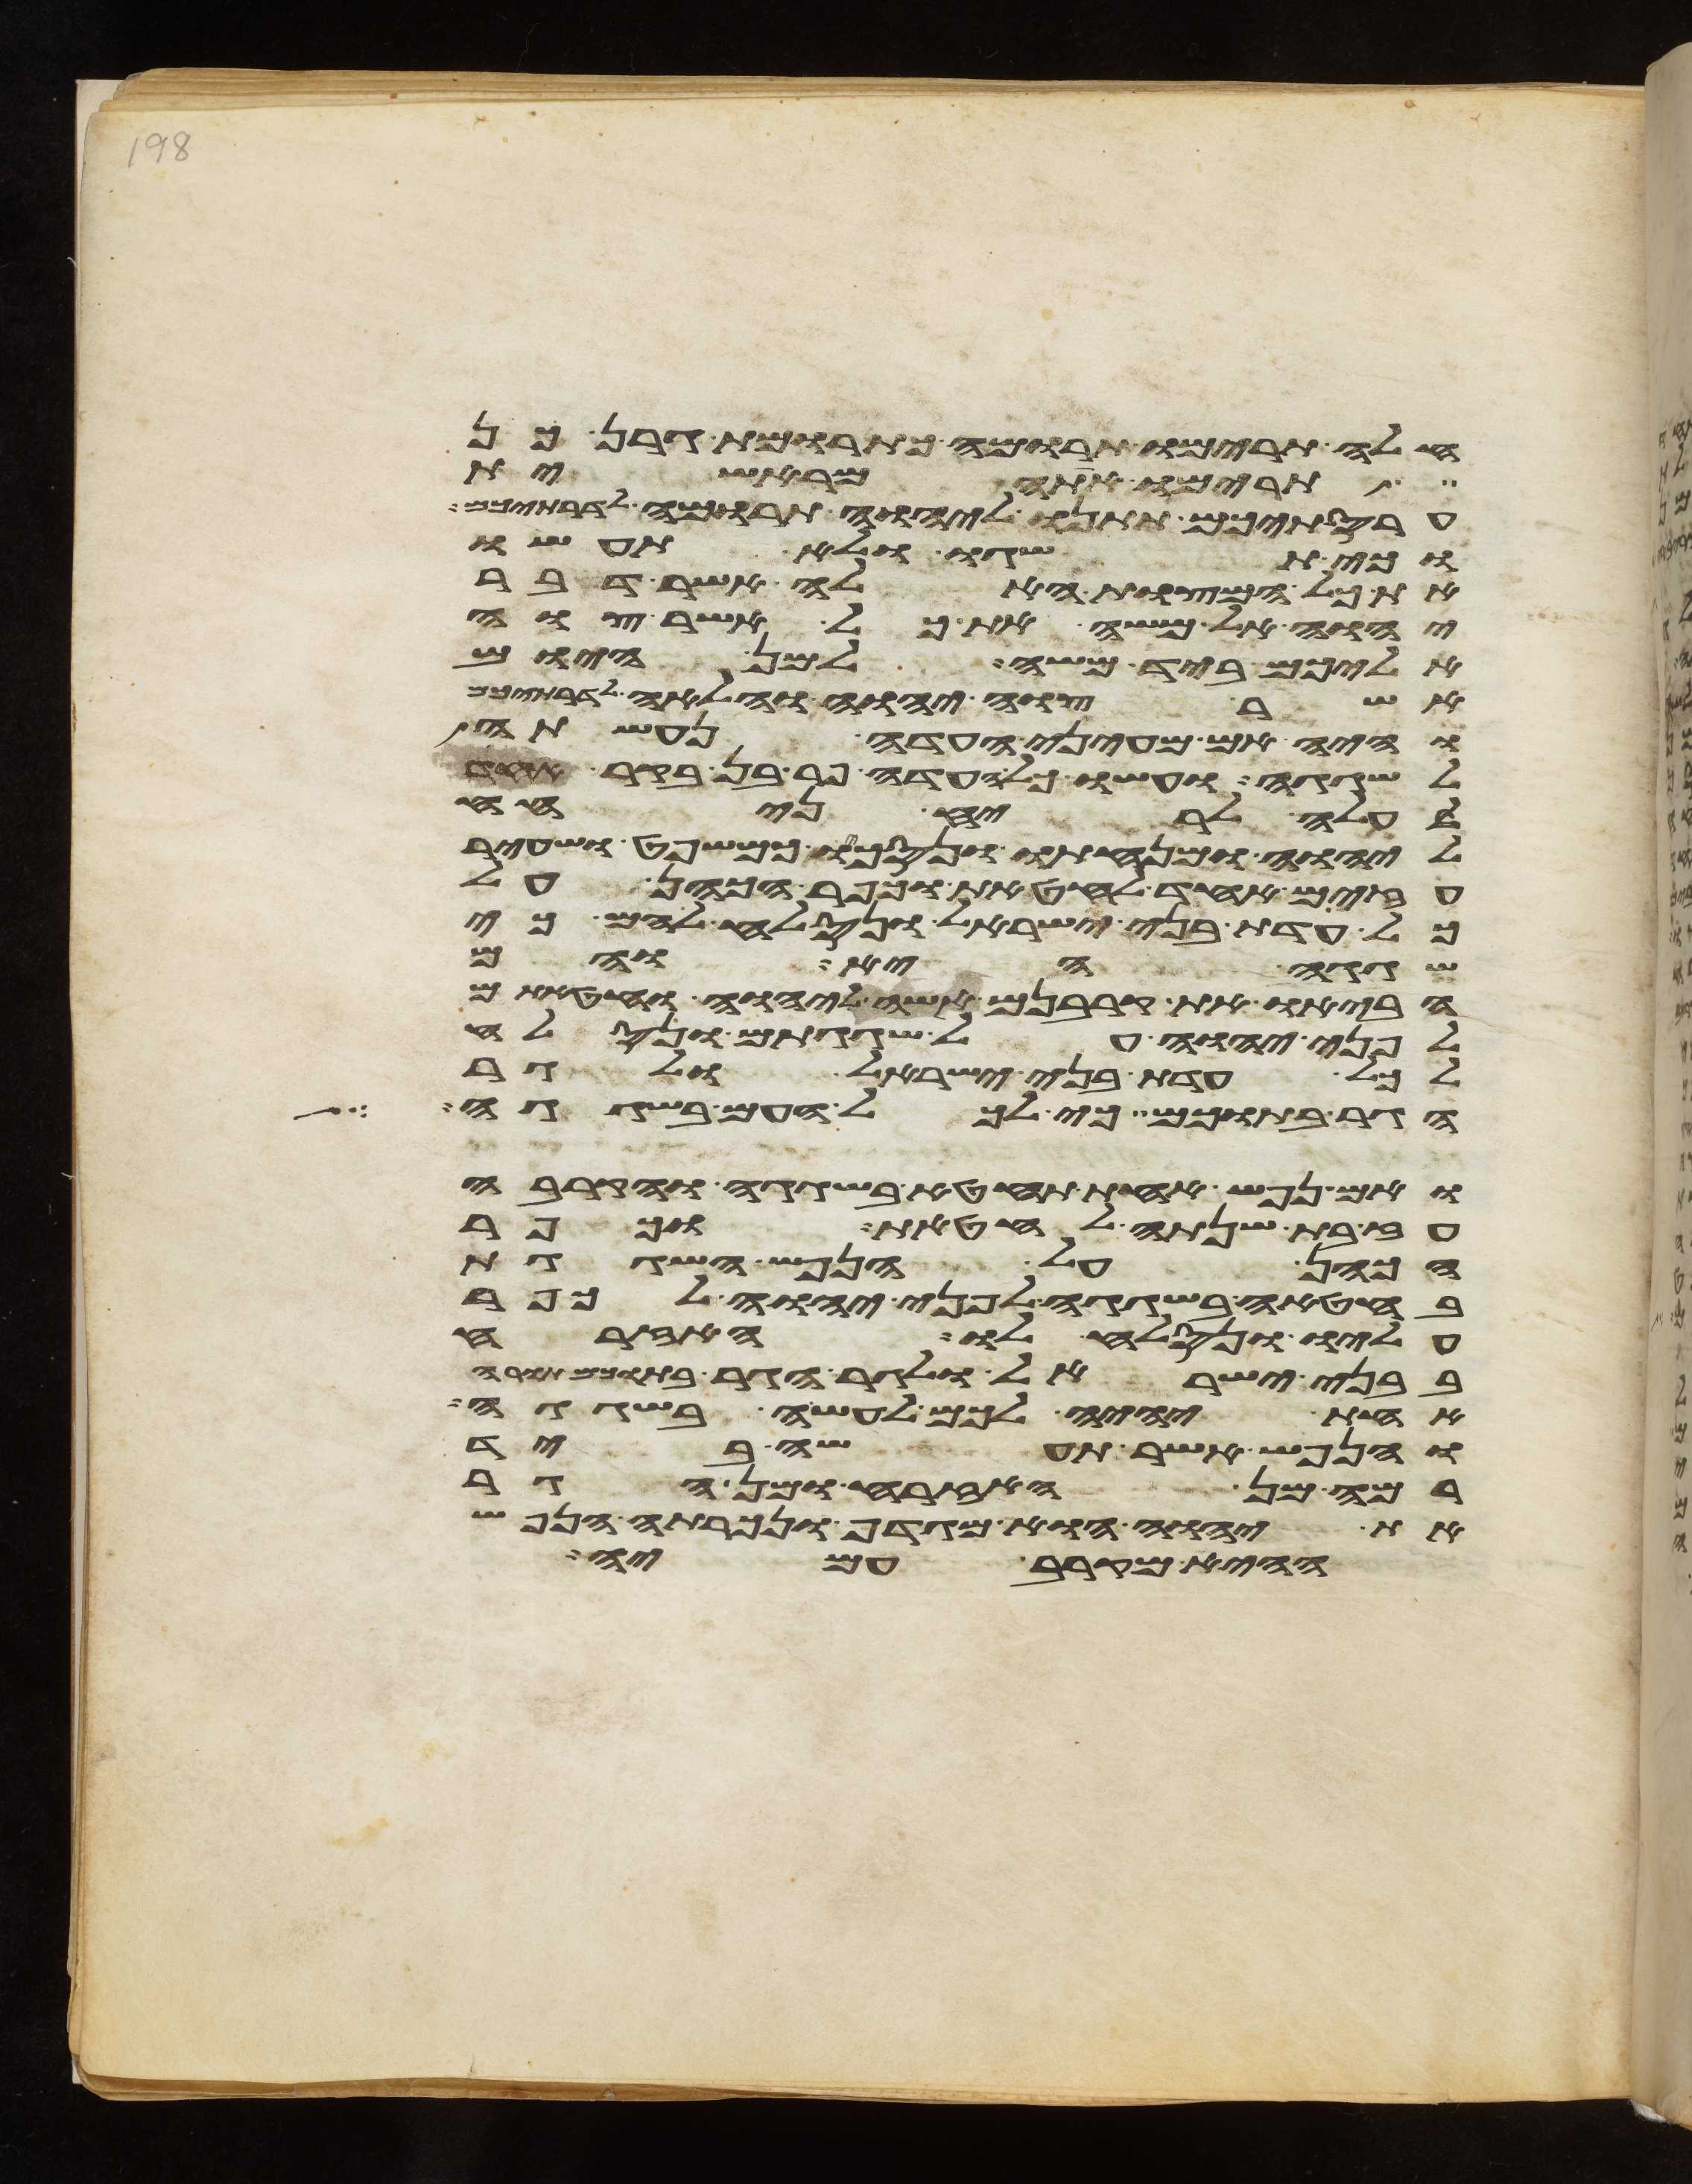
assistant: חלה תרימו תרומה כתרומת גרן כן
תרימו אתה מראשית
עריסתיכם תתנו ליהוה תרומה לדרתיכם
וכי תשגו ולא תעשו
את כל המצות האלה אשר דבר
יהוה אל משה את כל אשר צוה
אליכם ביד משה למן היום
אשר צוה יהוה והלאה לדרתיכם
והיה אם מעיני העדה נעשתה
לשגגה ועשו כל העדה פר בן בקר אחד
לעלה לריח ניחח
ליהוה ומנחתו ונסכו כמשפט ושעיר
עזים אחד לחטאת וכפר הכהן על
כל עדת בני ישראל ונסלח להם כי
שגגה היא והם
הביאו את קרבנם אשה ליהוה וחטאתם
לפני יהוה על שגגתם ונסלח
לכל עדת בני ישראל ולגר
הגר בתוכם כי לכל העם בשגגה
ואם נפש אחת תחטא בשגגה והקריבה
עז בת שנתה לחטאת וכפר
הכהן על הנפש השגגת
בחטאה בשגגה לפני יהוה לכפר
עליו ונסלח לו האזרח
בבני ישראל ולגר הגר בתוכם תורה
אחת יהיה לכם לעשה בשגגה
והנפש אשר תעשה ביד
רמה מן האזרח ומן הגר
את יהוה הוא מגדף ונכרתה הנפש
ההיא מקרב עמיה